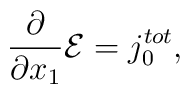
\frac{\partial}{{\partial}x_1} {\cal E} =j_0^{tot} ,